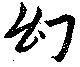
幻